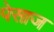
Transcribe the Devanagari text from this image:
पेसाज